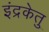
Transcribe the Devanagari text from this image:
इंद्रकेतु